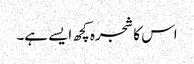
اس کا شجرہ کچھ ایسے ہے۔